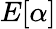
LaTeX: E[\alpha]